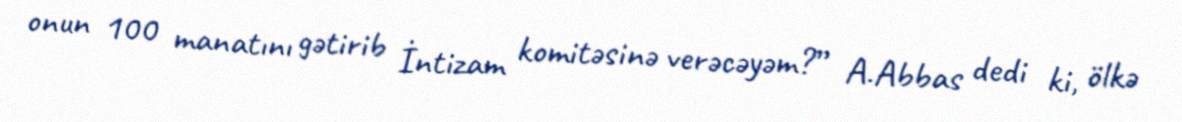
onun 100 manatını gətirib İntizam komitəsinə verəcəyəm?” A.Abbas dedi ki, ölkə